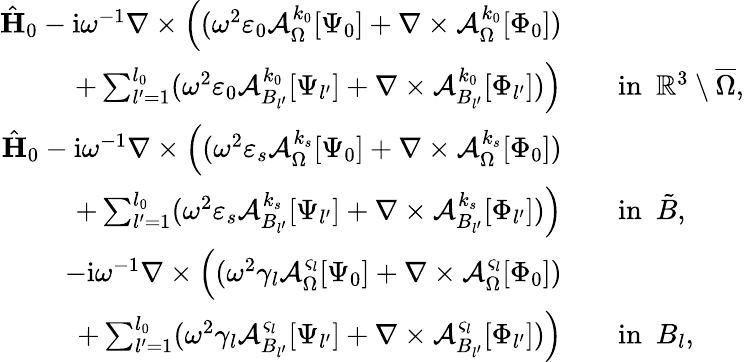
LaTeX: \begin{array}{rl}{\hat{\mathbf{H}}_{0}-\mathrm{i}\omega^{-1}\nabla\times\Big((\omega^{2}\varepsilon_{0}\mathcal{A}_{\Omega}^{k_{0}}[\Psi_{0}]+\nabla\times\mathcal{A}_{\Omega}^{k_{0}}[\Phi_{0}])}&{}\\ {+\sum_{l^{\prime}=1}^{l_{0}}(\omega^{2}\varepsilon_{0}\mathcal{A}_{B_{l^{\prime}}}^{k_{0}}[\Psi_{l^{\prime}}]+\nabla\times\mathcal{A}_{B_{l^{\prime}}}^{k_{0}}[\Phi_{l^{\prime}}])\Big)}&{\quad\mathrm{in}\ \ \mathbb{R}^{3}\setminus\overline{\Omega},}\\ {\hat{\mathbf{H}}_{0}-\mathrm{i}\omega^{-1}\nabla\times\Big((\omega^{2}\varepsilon_{s}\mathcal{A}_{\Omega}^{k_{s}}[\Psi_{0}]+\nabla\times\mathcal{A}_{\Omega}^{k_{s}}[\Phi_{0}])}&{}\\ {+\sum_{l^{\prime}=1}^{l_{0}}(\omega^{2}\varepsilon_{s}\mathcal{A}_{B_{l^{\prime}}}^{k_{s}}[\Psi_{l^{\prime}}]+\nabla\times\mathcal{A}_{B_{l^{\prime}}}^{k_{s}}[\Phi_{l^{\prime}}])\Big)}&{\quad\mathrm{in}\ \ \tilde{B},}\\ {-\mathrm{i}\omega^{-1}\nabla\times\Big((\omega^{2}\gamma_{l}\mathcal{A}_{\Omega}^{\varsigma_{l}}[\Psi_{0}]+\nabla\times\mathcal{A}_{\Omega}^{\varsigma_{l}}[\Phi_{0}])}&{}\\ {+\sum_{l^{\prime}=1}^{l_{0}}(\omega^{2}\gamma_{l}\mathcal{A}_{B_{l^{\prime}}}^{\varsigma_{l}}[\Psi_{l^{\prime}}]+\nabla\times\mathcal{A}_{B_{l^{\prime}}}^{\varsigma_{l}}[\Phi_{l^{\prime}}])\Big)}&{\quad\mathrm{in}\ \ B_{l},}\end{array}